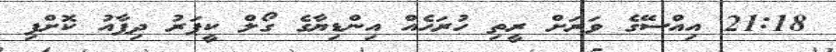
21:18 އިއްސޭގެ ވަރަށް ރީތި ހުރަހެއް އިންޑިޔާގެ ގޯލް ކީޕަރު ދިފާއު ކޮށްފި